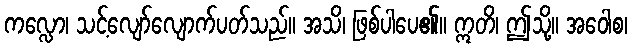
ကလ္လော၊ သင့်လျော်လျောက်ပတ်သည်။ အသိ၊ ဖြစ်ပါပေ၏။ ဣတိ၊ ဤသို့။ အဝေါစ၊